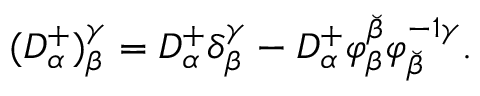
( { \cal D } _ { \alpha } ^ { + } ) _ { \beta } ^ { \gamma } = D _ { \alpha } ^ { + } \delta _ { \beta } ^ { \gamma } - D _ { \alpha } ^ { + } \varphi _ { \beta } ^ { \breve { \beta } } \varphi _ { \breve { \beta } } ^ { - 1 \gamma } .